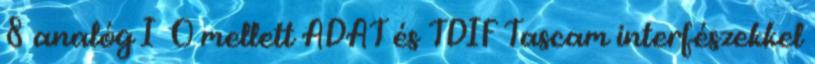
8 analóg I O mellett ADAT és TDIF Tascam interfészekkel